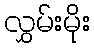
လွှမ်းမိုး